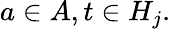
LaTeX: a\in A,t\in H_{j}.